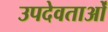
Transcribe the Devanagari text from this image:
उपदेवताओं